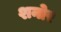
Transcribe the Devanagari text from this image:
शनोर